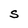
Character: S